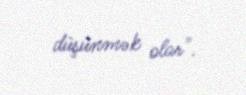
düşünmək olar".